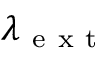
\lambda _ { \mathrm { ~ e ~ x ~ t ~ } }